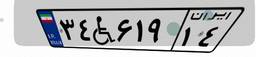
۴۵W۴۵۲۷۲